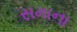
સમાના